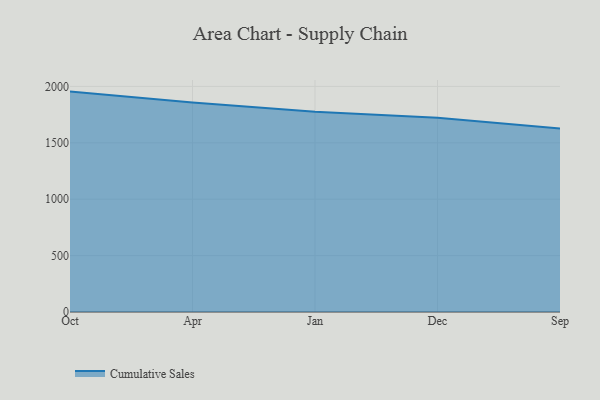
{"axis": {"x": "Month", "y": "Demand Index"}, "legend": ["Cumulative Sales"], "data": [{"x": "Oct", "y": 1953.9, "type": "Cumulative Sales"}, {"x": "Apr", "y": 1857.5, "type": "Cumulative Sales"}, {"x": "Jan", "y": 1774.7, "type": "Cumulative Sales"}, {"x": "Dec", "y": 1721.7, "type": "Cumulative Sales"}, {"x": "Sep", "y": 1626.6, "type": "Cumulative Sales"}]}